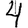
Digit: 4